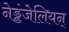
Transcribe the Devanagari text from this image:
नेड्डंजेलियन्